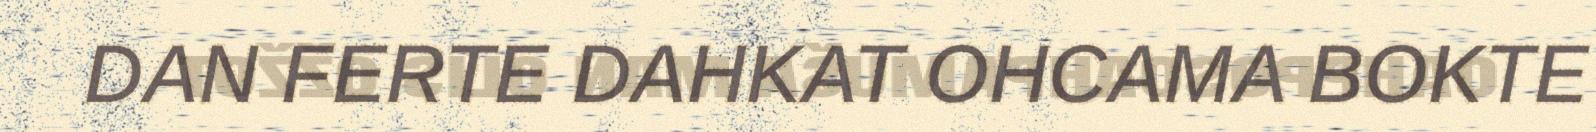
DAN FERTE DAHKAT OHCAMA BOKTE